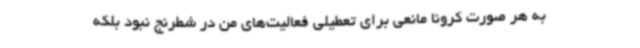
به هر صورت کرونا مانعی برای تعطیلی فعالیت‌های من در شطرنج نبود بلکه